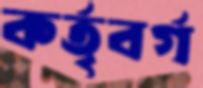
কর্তৃবর্গ